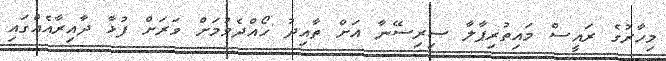
މިހާރުގެ ރައީސް މައިތުރިޕާލާ ސިރިސޭނާ އަށް ތާއިދު ހޯއްދެވުމަށް ވަރަށް ފުޅާ ދާއިރާއެއްގައި